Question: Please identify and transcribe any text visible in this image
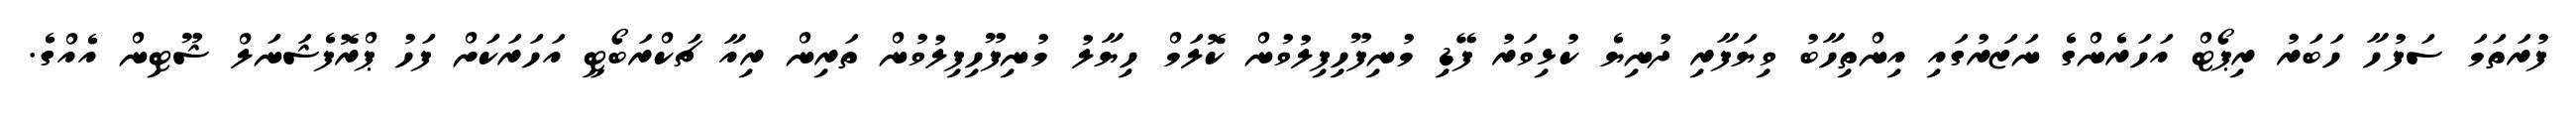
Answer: ފުރަތަމަ ސަފުހާ ހަބަރު ރިޕޯޓް އަހަރެންގެ ނަޒަރުގައި އިންތިހާބު ވިޔަފާރި ދުނިޔެ ކުޅިވަރު ފޭޑި މުނިފޫހިފިލުވުން ކޮލަމް ހިޔާލު މުނިފޫހިފިލުވުން ތަރިން ރިއާ ޗަކްރަބޯޓީ އަހަރަކަށް ފަހު ޕްރޮފެޝަނަލް ޝޫޓިން އެއްގެ.